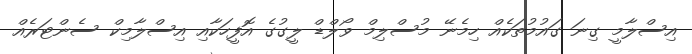
އިސްލާމީ ގިނަ ގައުމުތަކެއް ހިމެނޭ މުސްލިމް ވޯލްޑް ލީގުގެ އޮފީހަކާއި އިސްލާމިކް ސެންޓަރެއް